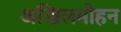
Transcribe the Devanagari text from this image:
अखिलमोहन